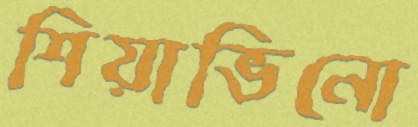
শিয়াভিনো